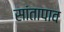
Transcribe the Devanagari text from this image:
सांतापाव